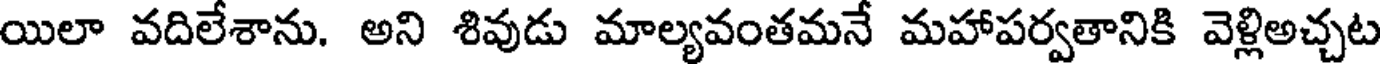
యిలా వదిలేశాను. అని శివుడు మాల్యవంతమనే మహాపర్వతానికి వెళ్లిఅచ్చట